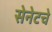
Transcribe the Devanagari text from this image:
सेनेटचे